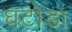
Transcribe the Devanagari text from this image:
घटोडा